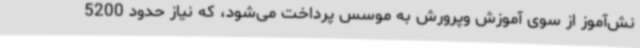
نش‌آموز از سوی آموزش وپرورش به موسس پرداخت می‌شود، که نیاز حدود 5200